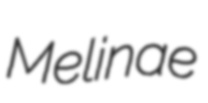
Melinae